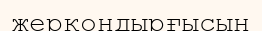
жерқондырғысын